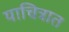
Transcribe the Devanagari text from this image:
याचित्रात